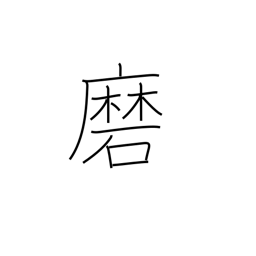
Meaning: brush (teeth)